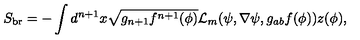
S _ { \mathrm { b r } } = - \int { d ^ { n + 1 } x \sqrt { g _ { n + 1 } f ^ { n + 1 } ( \phi ) } { \mathcal { L } } _ { m } ( \psi , \nabla \psi , g _ { a b } f ( \phi ) ) } z ( \phi ) ,